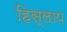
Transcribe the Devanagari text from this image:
हिस्लाप